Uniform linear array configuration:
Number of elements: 48
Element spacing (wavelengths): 1
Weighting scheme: blackman
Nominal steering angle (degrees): -60
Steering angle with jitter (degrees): -59.631
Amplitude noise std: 0.05
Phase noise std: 0.05

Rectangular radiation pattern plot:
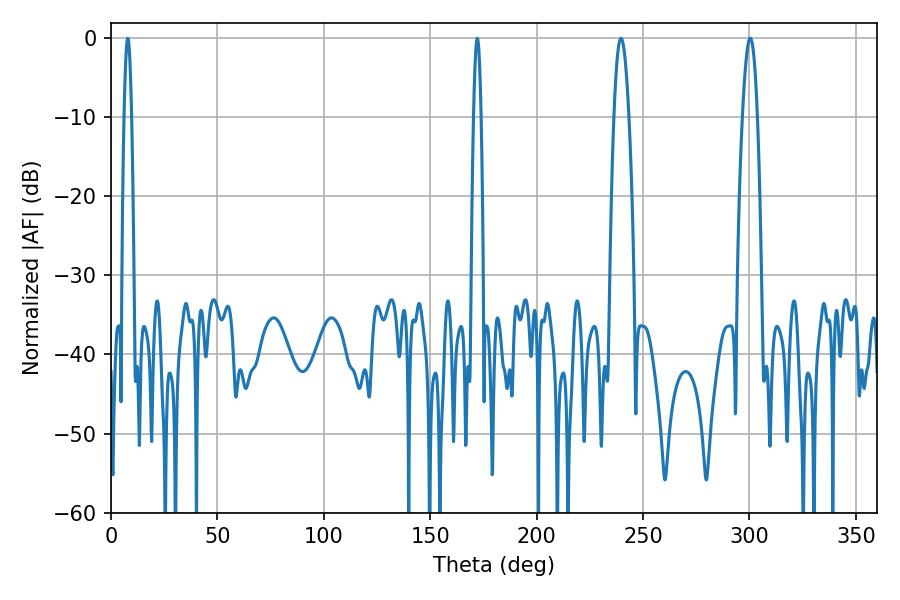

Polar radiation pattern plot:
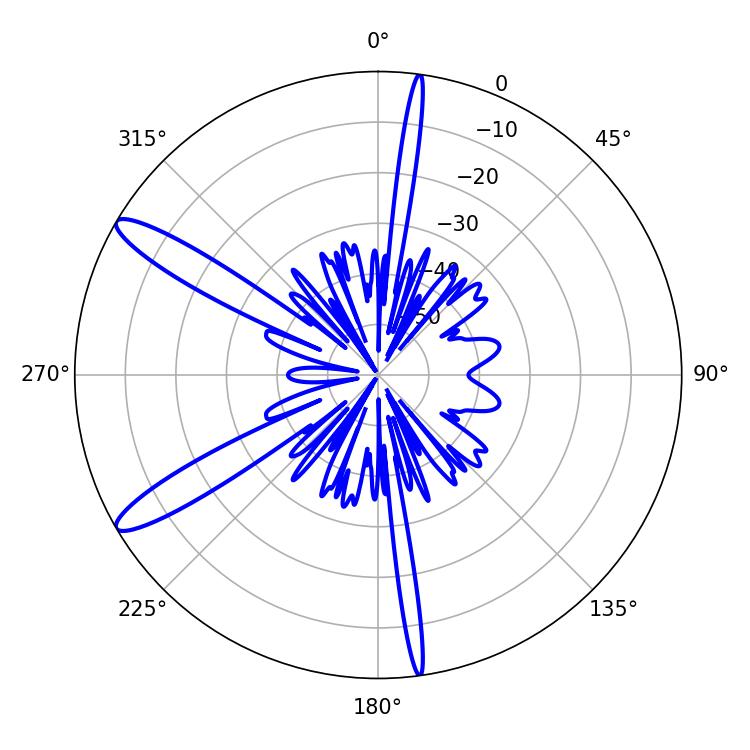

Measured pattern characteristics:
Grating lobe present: TRUE
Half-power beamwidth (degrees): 3.78
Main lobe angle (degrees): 239.58